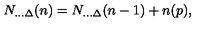
N _ { . . . \Delta } ( n ) = N _ { . . . \Delta } ( n - 1 ) + n ( p ) ,